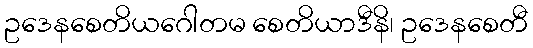
ဥဒေနစေတိယဂေါတမ စေတိယာဒီနိ၊ ဥဒေနစေတီ